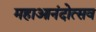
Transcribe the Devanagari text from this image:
महाआनंदोत्सव